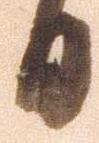
日